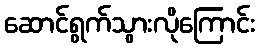
ဆောင်ရွက်သွားလိုကြောင်း